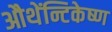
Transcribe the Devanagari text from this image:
औथेंन्टिकेष्ण